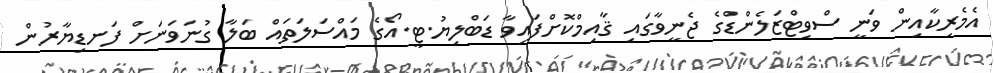
އެމެރިކާއިން ވަނީ ސްވިޓްޒަލެންޑްގެ ޖެނީވާގައި ޤާއިމްކޮށްފައިވާ ޑަބްލިޔު.ޓީ.އޯގެ މައްސަލަތައް ބަލާ ގުނަވަނަށް ފަނޑިޔާރުން